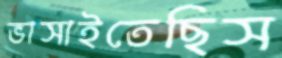
ভাসাইতেছিস